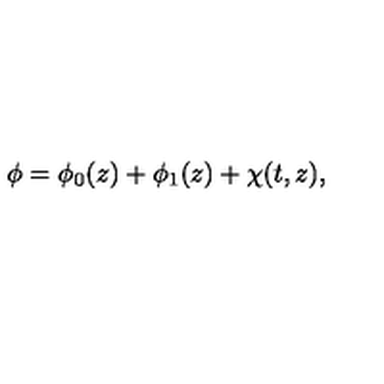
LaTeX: \phi = \phi _ { 0 } ( z ) + \phi _ { 1 } ( z ) + \chi ( t , z ) ,